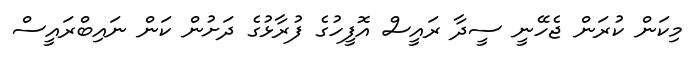
މިކަން ކުރަން ޖެހޭނީ ސީދާ ރައީސް އޮފީހުގެ ފުރާޅުގެ ދަށުން ކަން ނައިބްރައީސް